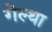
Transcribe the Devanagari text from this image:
गेल्था